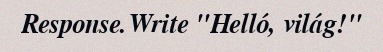
Response.Write "Helló, világ!"